Lunatic asylums Punjab 1881-1894 - 1881-1894
Year: 1881
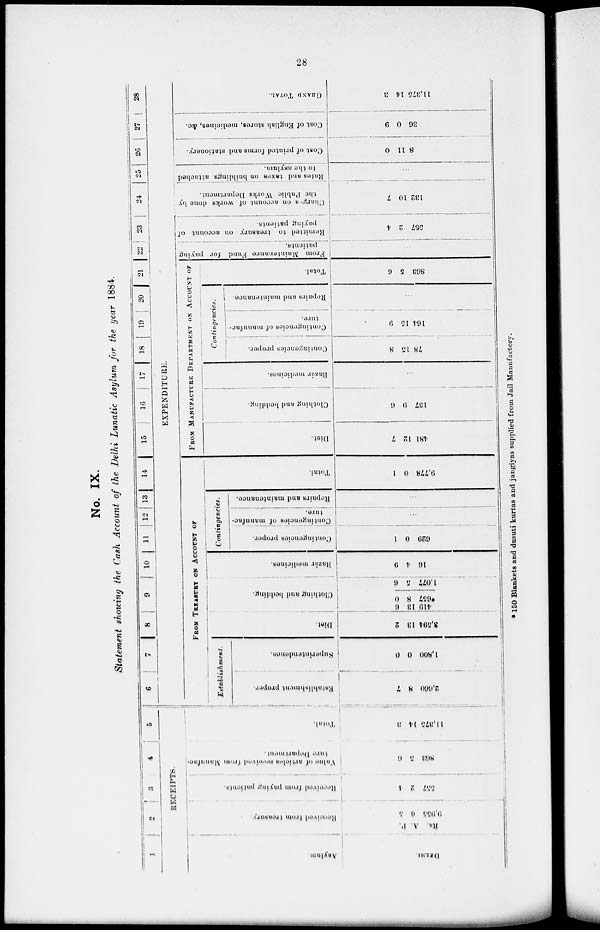
28
No. IX.
Statement showing the Cash Account of the Delhi Lunatic Asylum for the year 1884.
1
2
3
4
5
RECEIPTS.
Asylam.
DELHI
Received from treasury.
P.
A.
Rs.
5
6
9,955
Received
from paying patients.
4
2
557
Value of articles received from Manufac-
turn Department.
6
5
808
Total.
3
14
11,375
6
7
8
9
10
11
12 13
14 15
16
17
18
19
20
21
22
23
24
25
26
27
28
EXPENDITURE.
FROM TREASURY ON ACCOUNT OF
Establishment
Establishment proper.
7
8
2,060
Superintendence.
0
0
1,800
Diet.
2
13
8,504
Clothing and bedding.
6
13
410
0
8
*657
6
5
1,077
Bazár medicines.
9
4
16
Contingencies.
Contingencies proper.
1
0
620
Contingencies of manufac-
ture.
...
Repairs and maintenance.
...
Total.
1
0
9,778
FROM MANUFACTURE DEPARTMENT ON ACCOUNT OF
Diet.
7
12
481
Clothing and bedding.
6
9
137
Bazár medicines.
...
Contingencies.
Contingencies proper.
8
15
78
Contingencies of manufac-
ture.
9
15
164
Repairs and maintenance.
...
Total.
6
5
863
From
Maintenance Fund for paving
patients.
...
Remitted to treasury on account of
paying patients.
4
2
567
Charges on account of works done by
the Public Works Department.
7
10
132
Rates and taxes on buildings attached
to the asylum.
...
Cost of printed forms and stationery.
0
11
8
Cost of English stores, medicines, &c.
9
0
36
GRAND TOTAL.
3
14
11,375
* 150 Blankets and dusuti kurtas and jangiyas supplied from Jail Manufactory.